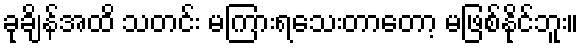
ခုချိန်အထိ သတင်း မကြားရသေးတာတော့ မဖြစ်နိုင်ဘူး။